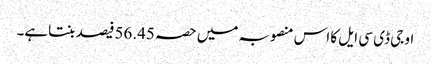
او جی ڈی سی ایل کا اس منصوبہ میں حصہ 56.45فیصد بنتاہے۔